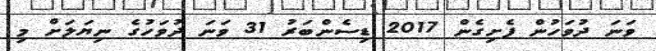
ވަނަ ދުވަހުން ފެށިގެން 2017 ޑިސެންބަރު 31 ވަނަ ދުވަހުގެ ނިޔަލަށް މި